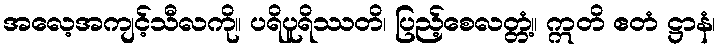
အလေ့အကျင့်သီလကို။ ပရိပူရိဿတိ၊ ပြည့်စေလတ္တံ့။ ဣတိ ဧတံ ဋ္ဌာနံ၊